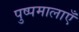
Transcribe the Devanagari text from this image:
पुष्पमालाएँ